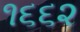
૧૬૬૨